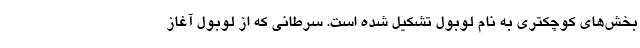
بخش‌های کوچکتری به نام لوبول تشکیل شده است. سرطانی که از لوبول آغاز